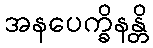
အနပေက္ခိနန္တိ